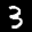
Label: 3